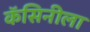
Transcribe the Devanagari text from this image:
कॅसिनीला